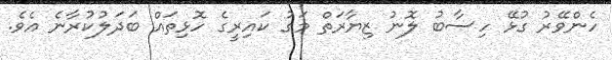
ހެންވޭރު ގުޅޭ ހިސާބު ލޮނު ޒިޔާރަތް މަގު ކައިރީގެ ހޮޅިތައް ބަދަލުކުރާނެ އެވެ.